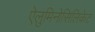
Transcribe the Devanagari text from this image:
ऐलुमिनोसिलिकेट